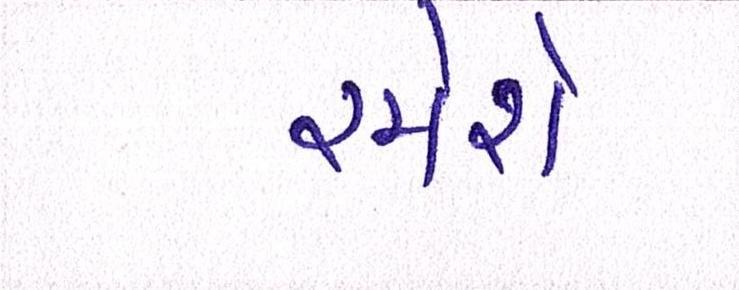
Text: રમશે